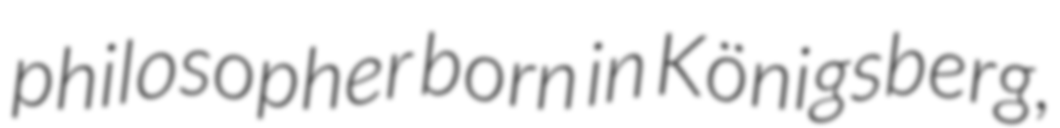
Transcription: philosopher born in Königsberg,